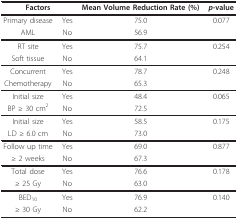
<table><thead><tr><td colspan="2"><b>Factors</b></td><td><b>Mean Volume Reduction Rate (%)</b></td><td><b><i>p</i>-value</b></td></tr></thead><tbody><tr><td>Primary disease</td><td>Yes</td><td>75.0</td><td>0.077</td></tr><tr><td>AML</td><td>No</td><td>56.9</td><td></td></tr><tr><td>RT site</td><td>Yes</td><td>75.7</td><td>0.254</td></tr><tr><td>Soft tissue</td><td>No</td><td>64.1</td><td></td></tr><tr><td>Concurrent</td><td>Yes</td><td>78.7</td><td>0.248</td></tr><tr><td>Chemotherapy</td><td>No</td><td>65.3</td><td></td></tr><tr><td>Initial size</td><td>Yes</td><td>48.4</td><td>0.065</td></tr><tr><td>BP ≥ 30 cm<sup>2</sup></td><td>No</td><td>72.5</td><td></td></tr><tr><td>Initial size</td><td>Yes</td><td>58.5</td><td>0.175</td></tr><tr><td>LD ≥ 6.0 cm</td><td>No</td><td>73.0</td><td></td></tr><tr><td>Follow up time</td><td>Yes</td><td>69.0</td><td>0.877</td></tr><tr><td>≥ 2 weeks</td><td>No</td><td>67.3</td><td></td></tr><tr><td>Total dose</td><td>Yes</td><td>76.6</td><td>0.178</td></tr><tr><td>≥ 25 Gy</td><td>No</td><td>63.0</td><td></td></tr><tr><td>BED<sub>10</sub></td><td>Yes</td><td>76.9</td><td>0.140</td></tr><tr><td>≥ 30 Gy</td><td>No</td><td>62.2</td><td></td></tr></tbody></table>